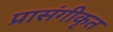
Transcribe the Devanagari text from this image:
प्रासंगीकृत